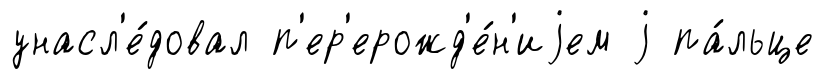
унасл'е́довал п'ер'ерожд'е́н'иjем j па́льце